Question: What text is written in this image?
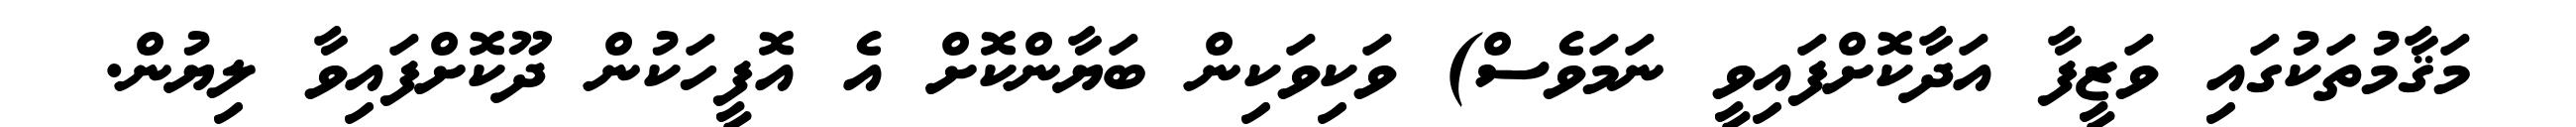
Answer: މަޤާމުތަކުގައި ވަޒީފާ އަދާކޮށްފައިވީ ނަމަވެސް) ވަކިވަކިން ބަޔާންކޮށް އެ އޮފީހަކުން ދޫކޮށްފައިވާ ލިޔުން.